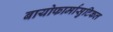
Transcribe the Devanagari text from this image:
बायोफार्मासुटिकल